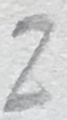
Text: Z